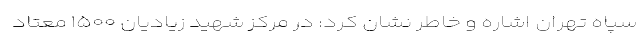
سپاه تهران اشاره و خاطر نشان کرد: در مرکز شهید زیادیان ۱۵۰۰ معتاد